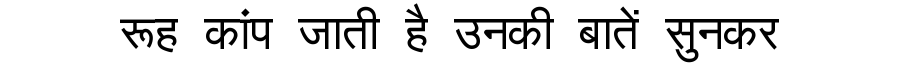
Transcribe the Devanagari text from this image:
रूह कांप जाती है उनकी बातें सुनकर